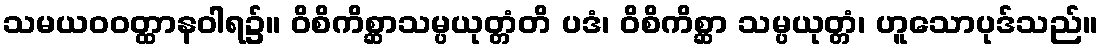
သမယဝဝတ္ထာနဝါရ၌။ ဝိစိကိစ္ဆာသမ္ပယုတ္တံတိ ပဒံ၊ ဝိစိကိစ္ဆာ သမ္ပယုတ္တံ၊ ဟူသောပုဒ်သည်။